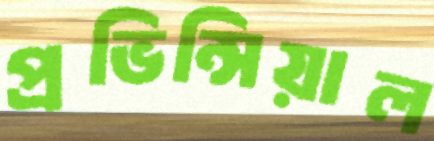
প্রভিন্সিয়াল